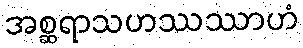
အစ္ဆရာသဟဿဿာဟံ